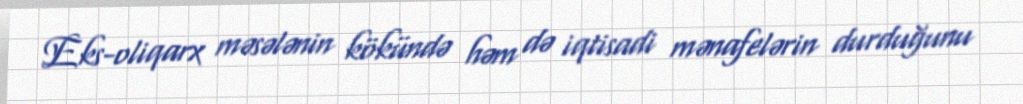
Eks-oliqarx məsələnin kökündə həm də iqtisadi mənafelərin durduğunu